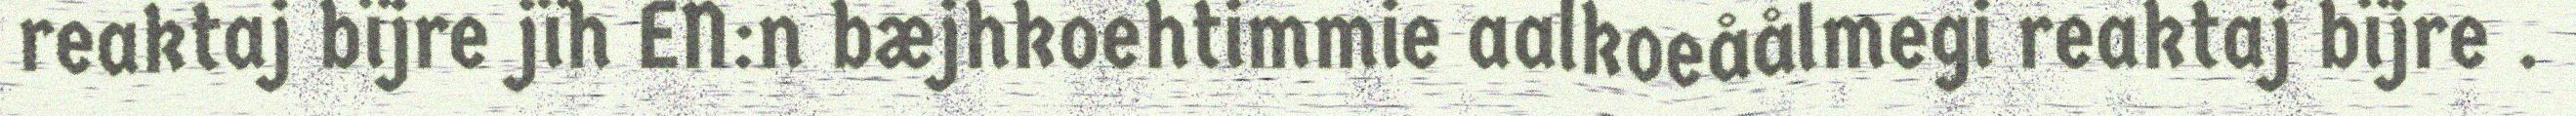
reaktaj bïjre jïh EN:n bæjhkoehtimmie aalkoeåålmegi reaktaj bïjre .